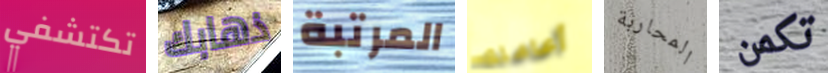
تكتشفي ذهابك المرتبة أعاملك المحاربة تكمن